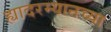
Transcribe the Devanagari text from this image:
ह्यादरम्यानच्या